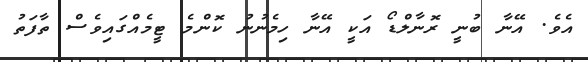
އެވެ. އޭނާ ބުނީ ރޮނާލްޑޯ އަކީ އޭނާ ހިމެނުނު ކޮންމެ ޓީމެއްގައިވެސް ތާފަތު